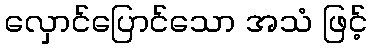
လှောင်ပြောင်သော အသံ ဖြင့်